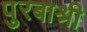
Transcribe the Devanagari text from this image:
पुरबाश्री